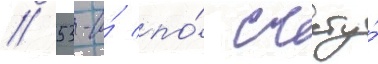
/ 53-и́ по́ счету́